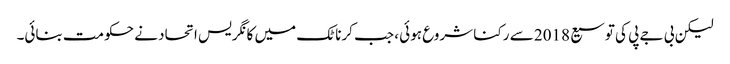
لیکن بی جے پی کی توسیع 2018 سے رکنا شروع ہوئی ، جب کرناٹک میں کانگریس اتحاد نے حکومت بنائی۔